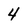
Character: 4